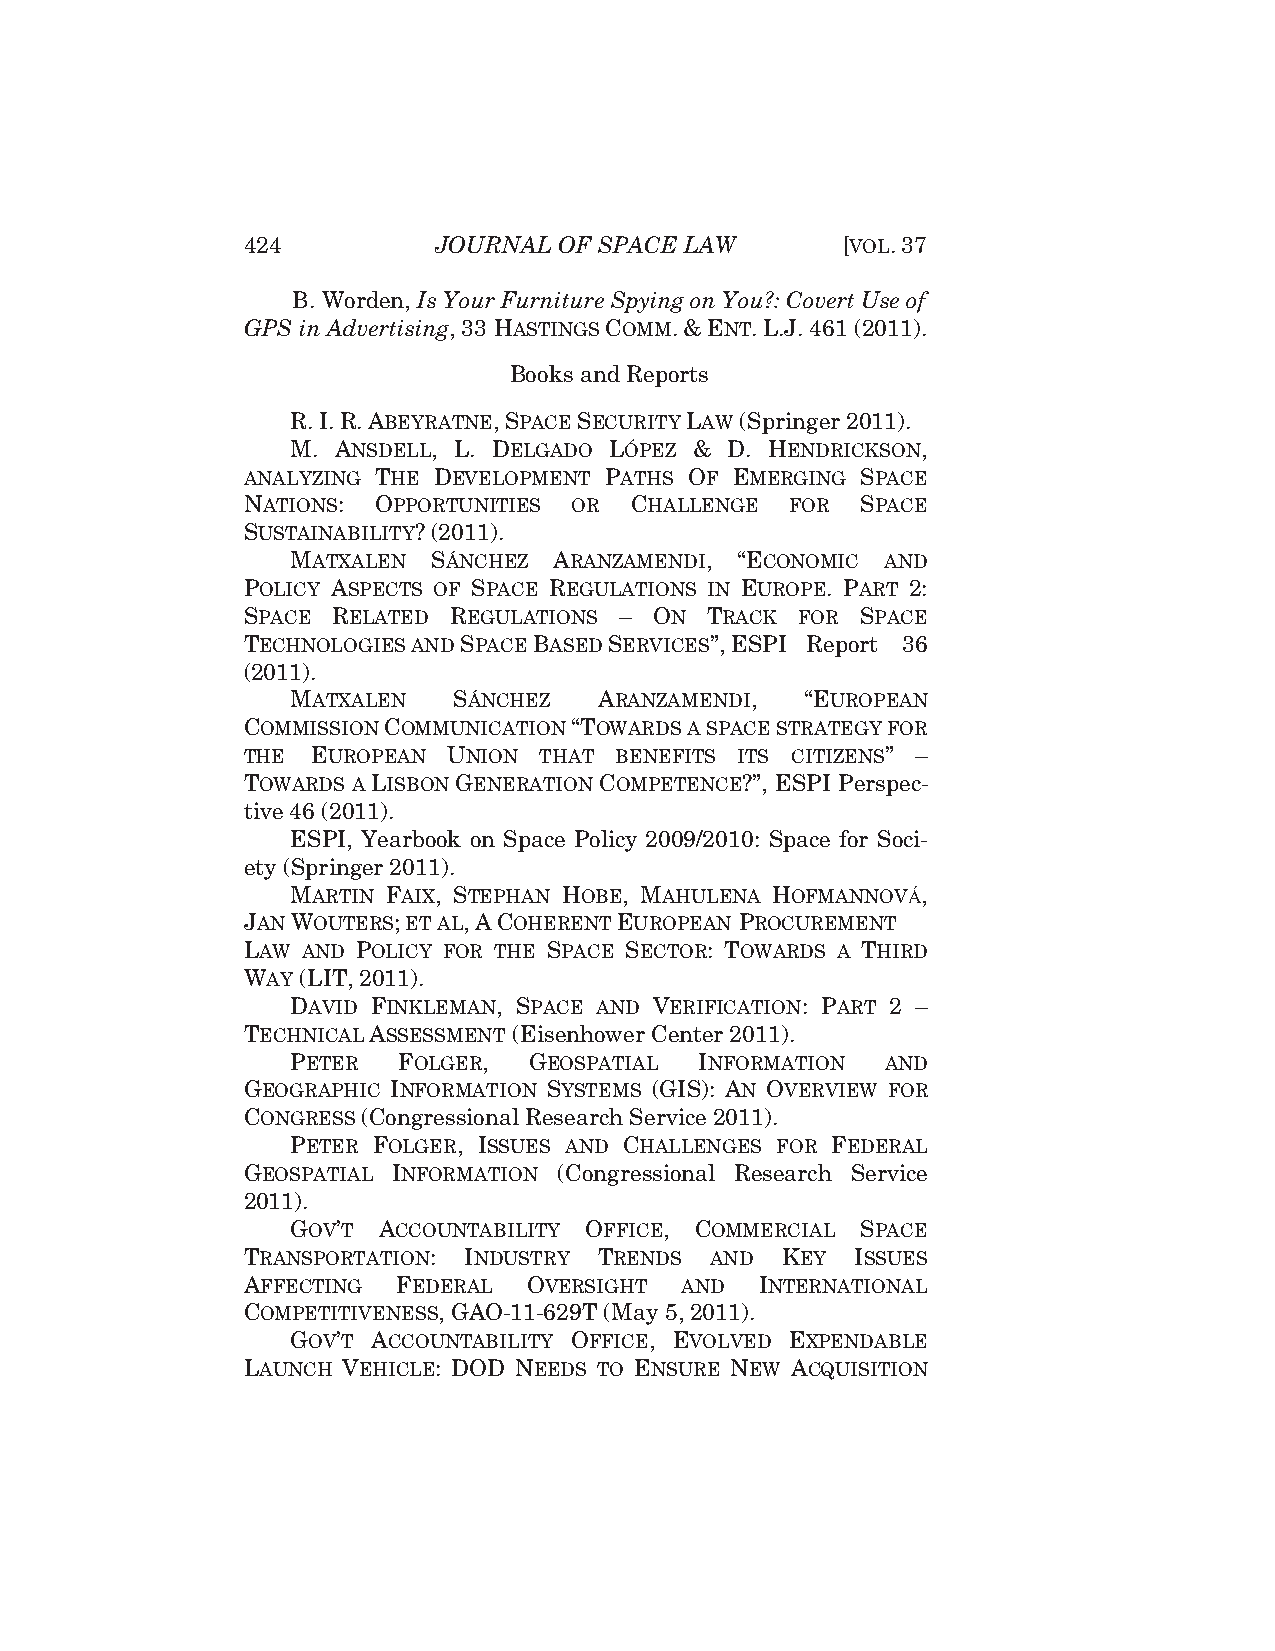
424          JOURNAL OF SPACE LAW       [VOL.37
 B. Worden, Is Your Furniture Spying on You?: Covert Use of
 GPS in Advertising, 33 HASTINGS COMM.&ENT.L.J. 461 (2011).
 Books and Reports
 R.I.R.ABEYRATNE,SPACE SECURITY LAW (Springer 2011).
 M. ANSDELL, L. DELGADO LÓPEZ & D. HENDRICKSON,
 ANALYZING THE DEVELOPMENT PATHS OF EMERGING SPACE
 NATIONS: OPPORTUNITIES OR CHALLENGE FOR  SPACE
 SUSTAINABILITY? (2011).
 MATXALEN  SÁNCHEZ ARANZAMENDI, “ECONOMIC AND
 POLICY ASPECTS OF SPACE REGULATIONS IN EUROPE. PART 2:
 SPACE RELATED REGULATIONS – ON TRACK FOR SPACE
 TECHNOLOGIES AND SPACEBASEDSERVICES”, ESPI Report 36
 (2011).
 MATXALEN   SÁNCHEZ   ARANZAMENDI, “EUROPEAN
 COMMISSION COMMUNICATION “TOWARDS A SPACE STRATEGY FOR
 THE  EUROPEAN UNION THAT BENEFITS ITS CITIZENS” –
 TOWARDS A LISBON GENERATION COMPETENCE?”, ESPI Perspec-
 tive 46 (2011).
 ESPI, Yearbook on Space Policy 2009/2010: Space for Soci-
 ety (Springer 2011).
 MARTIN FAIX, STEPHAN HOBE, MAHULENA HOFMANNOVÁ,
 JANWOUTERS; ET AL,ACOHERENT EUROPEAN PROCUREMENT
 LAW AND POLICY FOR THE SPACE SECTOR: TOWARDS A THIRD
 WAY (LIT, 2011).
 DAVID FINKLEMAN, SPACE AND VERIFICATION: PART 2 –
 TECHNICAL ASSESSMENT (Eisenhower Center 2011).
 PETER  FOLGER,  GEOSPATIAL INFORMATION  AND
 GEOGRAPHIC INFORMATION SYSTEMS (GIS): AN OVERVIEW FOR
 CONGRESS (Congressional Research Service 2011).
 PETER FOLGER, ISSUES AND CHALLENGES FOR FEDERAL
 GEOSPATIAL INFORMATION (Congressional Research Service
 2011).
 GOV’T ACCOUNTABILITY OFFICE, COMMERCIAL SPACE
 TRANSPORTATION: INDUSTRY TRENDS AND KEY  ISSUES
 AFFECTING FEDERAL  OVERSIGHT AND  INTERNATIONAL
 COMPETITIVENESS, GAO-11-629T (May 5, 2011).
 GOV’T ACCOUNTABILITY OFFICE, EVOLVED EXPENDABLE
 LAUNCH VEHICLE: DOD NEEDS TO ENSURE NEW ACQUISITION